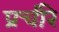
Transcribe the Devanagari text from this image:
प्रचीरे